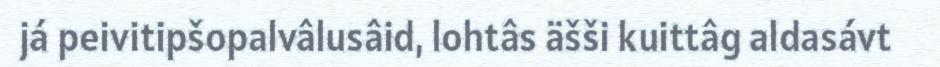
já peivitipšopalvâlusâid, lohtâs äšši kuittâg aldasávt